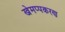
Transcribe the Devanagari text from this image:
खेमप्पकरण